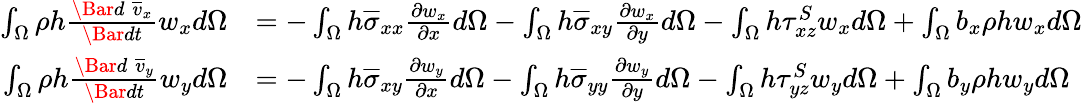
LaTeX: \begin{array}{rl}{\int_{\Omega}\rho h\frac{\Bar{d}\; \overline{{v}}_{x}}{\Bar{dt}}w_{x}d\Omega}&{=-\int_{\Omega}h\overline{{\sigma}}_{xx}\frac{\partial w_{x}}{\partial x}d\Omega-\int_{\Omega}h\overline{{\sigma}}_{xy}\frac{\partial w_{x}}{\partial y}d\Omega-\int_{\Omega}h\tau_{xz}^{S}w_{x}d\Omega+\int_{\Omega}b_{x}\rho hw_{x}d\Omega}\\ {\int_{\Omega}\rho h\frac{\Bar{d}\; \overline{{v}}_{y}}{\Bar{dt}}w_{y}d\Omega}&{=-\int_{\Omega}h\overline{{\sigma}}_{xy}\frac{\partial w_{y}}{\partial x}d\Omega-\int_{\Omega}h\overline{{\sigma}}_{yy}\frac{\partial w_{y}}{\partial y}d\Omega-\int_{\Omega}h\tau_{yz}^{S}w_{y}d\Omega+\int_{\Omega}b_{y}\rho hw_{y}d\Omega}\end{array}